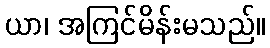
ယာ၊ အကြင်မိန်းမသည်။